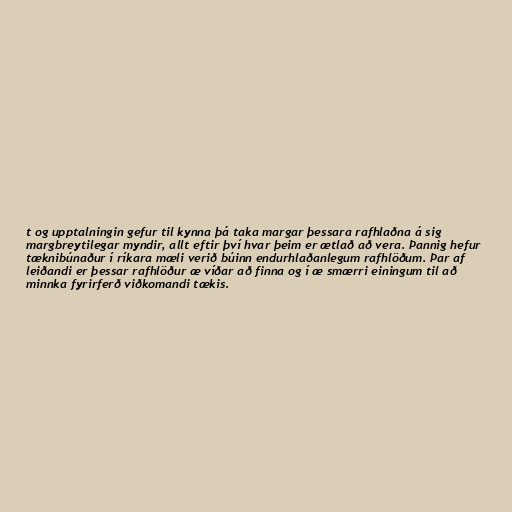
t og upptalningin gefur til kynna þá taka margar þessara rafhlaðna á sig
margbreytilegar myndir, allt eftir því hvar þeim er ætlað að vera. Þannig hefur
tæknibúnaður í ríkara mæli verið búinn endurhlaðanlegum rafhlöðum. Þar af
leiðandi er þessar rafhlöður æ víðar að finna og í æ smærri einingum til að
minnka fyrirferð viðkomandi tækis.